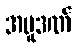
အပူဒဏ်